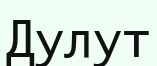
Дулут